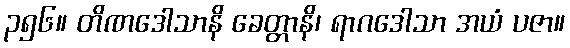
၃၅၆။ တိဏဒေါသာနိ ခေတ္တာနိ၊ ရာဂဒေါသာ အယံ ပဇာ။